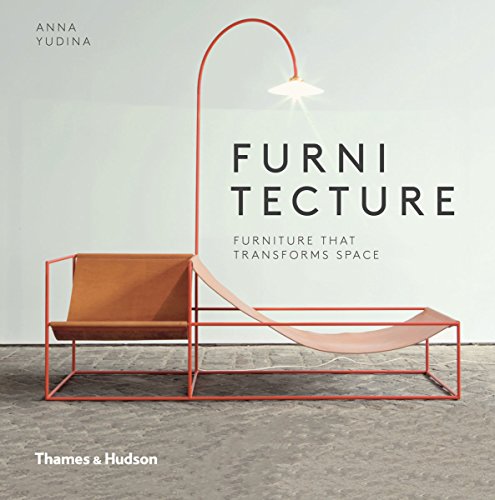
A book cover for Furnitecture: Furniture That Transforms Space; Anna Yudina; Arts & Photography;